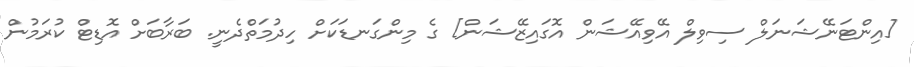
[އިންޓަނޭޝަނަލް ސިވިލް އޭވިއޭޝަން އޮގައިޒޭޝަން] ގެ މިންގަނޑަކަށް ހިދުމަތްދެނީ. ބަރާބަށް އޮޑިޓް ކުރަމުން